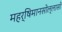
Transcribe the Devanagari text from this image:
महर्षिमानसोल्लासो